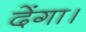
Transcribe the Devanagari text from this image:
देंगा।